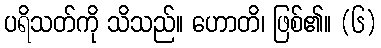
ပရိသတ်ကို သိသည်။ ဟောတိ၊ ဖြစ်၏။ (၆)